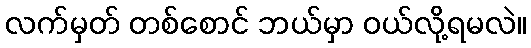
လက်မှတ် တစ်စောင် ဘယ်မှာ ဝယ်လို့ရမလဲ။